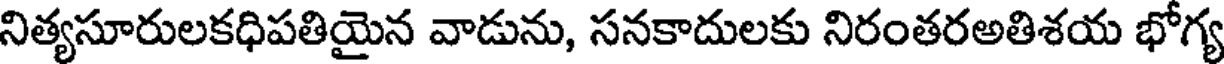
నిత్యసూరులకధిపతియైన వాడును, సనకాదులకు నిరంతరఅతిశయ భోగ్య